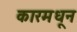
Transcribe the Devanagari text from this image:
कारमधून